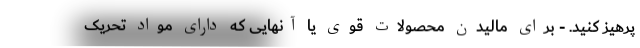
پرهیز کنید. - برای مالیدن محصولات قوی یا آنهایی که دارای مواد تحریک